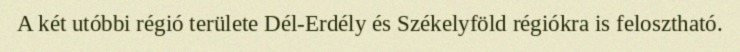
A két utóbbi régió területe Dél-Erdély és Székelyföld régiókra is felosztható.